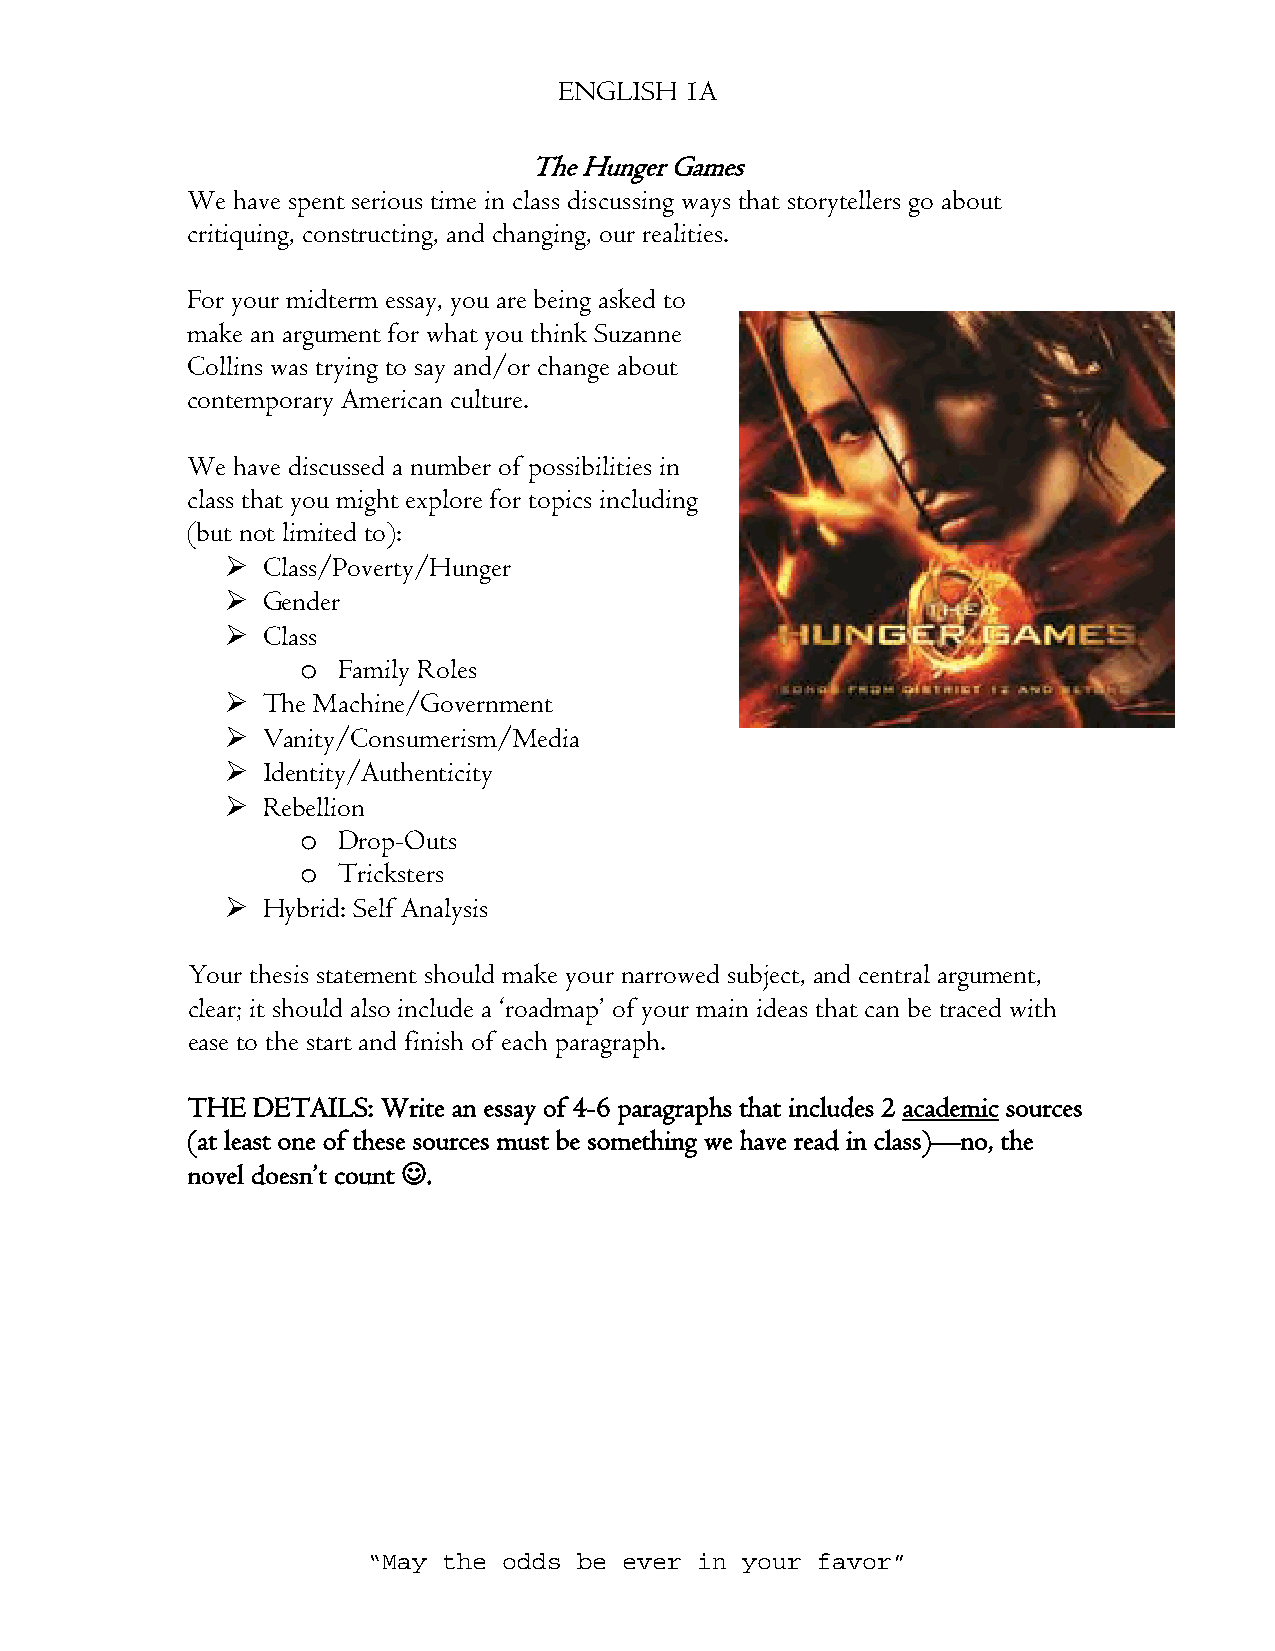
ENGLISH 1A
 The Hunger Games
 We have spent serious time in class discussing ways that storytellers go about
 critiquing, constructing, and changing, our realities.
 For your midterm essay, you are being asked to
 make an argument for what you think Suzanne
 Collins was trying to say and/or change about
 contemporary American culture.
 We have discussed a number of possibilities in
 class that you might explore for topics including
 (but not limited to):
  Class/Poverty/Hunger
  Gender
  Class
 o Family Roles
  The Machine/Government
  Vanity/Consumerism/Media
  Identity/Authenticity
  Rebellion
 o Drop-Outs
 o Tricksters
  Hybrid: Self Analysis
 Your thesis statement should make your narrowed subject, and central argument,
 clear; it should also include a ‘roadmap’ of your main ideas that can be traced with
 ease to the start and finish of each paragraph.
 THE  DETAILS: Write an essay of 4-6 paragraphs that includes 2 academic sources
 (at least one of these sources must be something we have read in class)—no, the
 novel doesn’t count .
 “May the odds be ever in your favor”